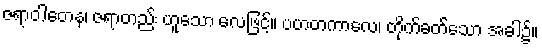
ဇရာဝါတေန၊ ဇရာတည်း ဟူသော လေဖြင့်။ ပဟတကာလေ၊ တိုက်ခတ်သော အခါ၌။